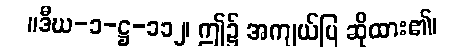
။ဒီဃ-၁-ဋ္ဌ-၁၁၂၊ ဤ၌ အကျယ်ပြ ဆိုထား၏၊